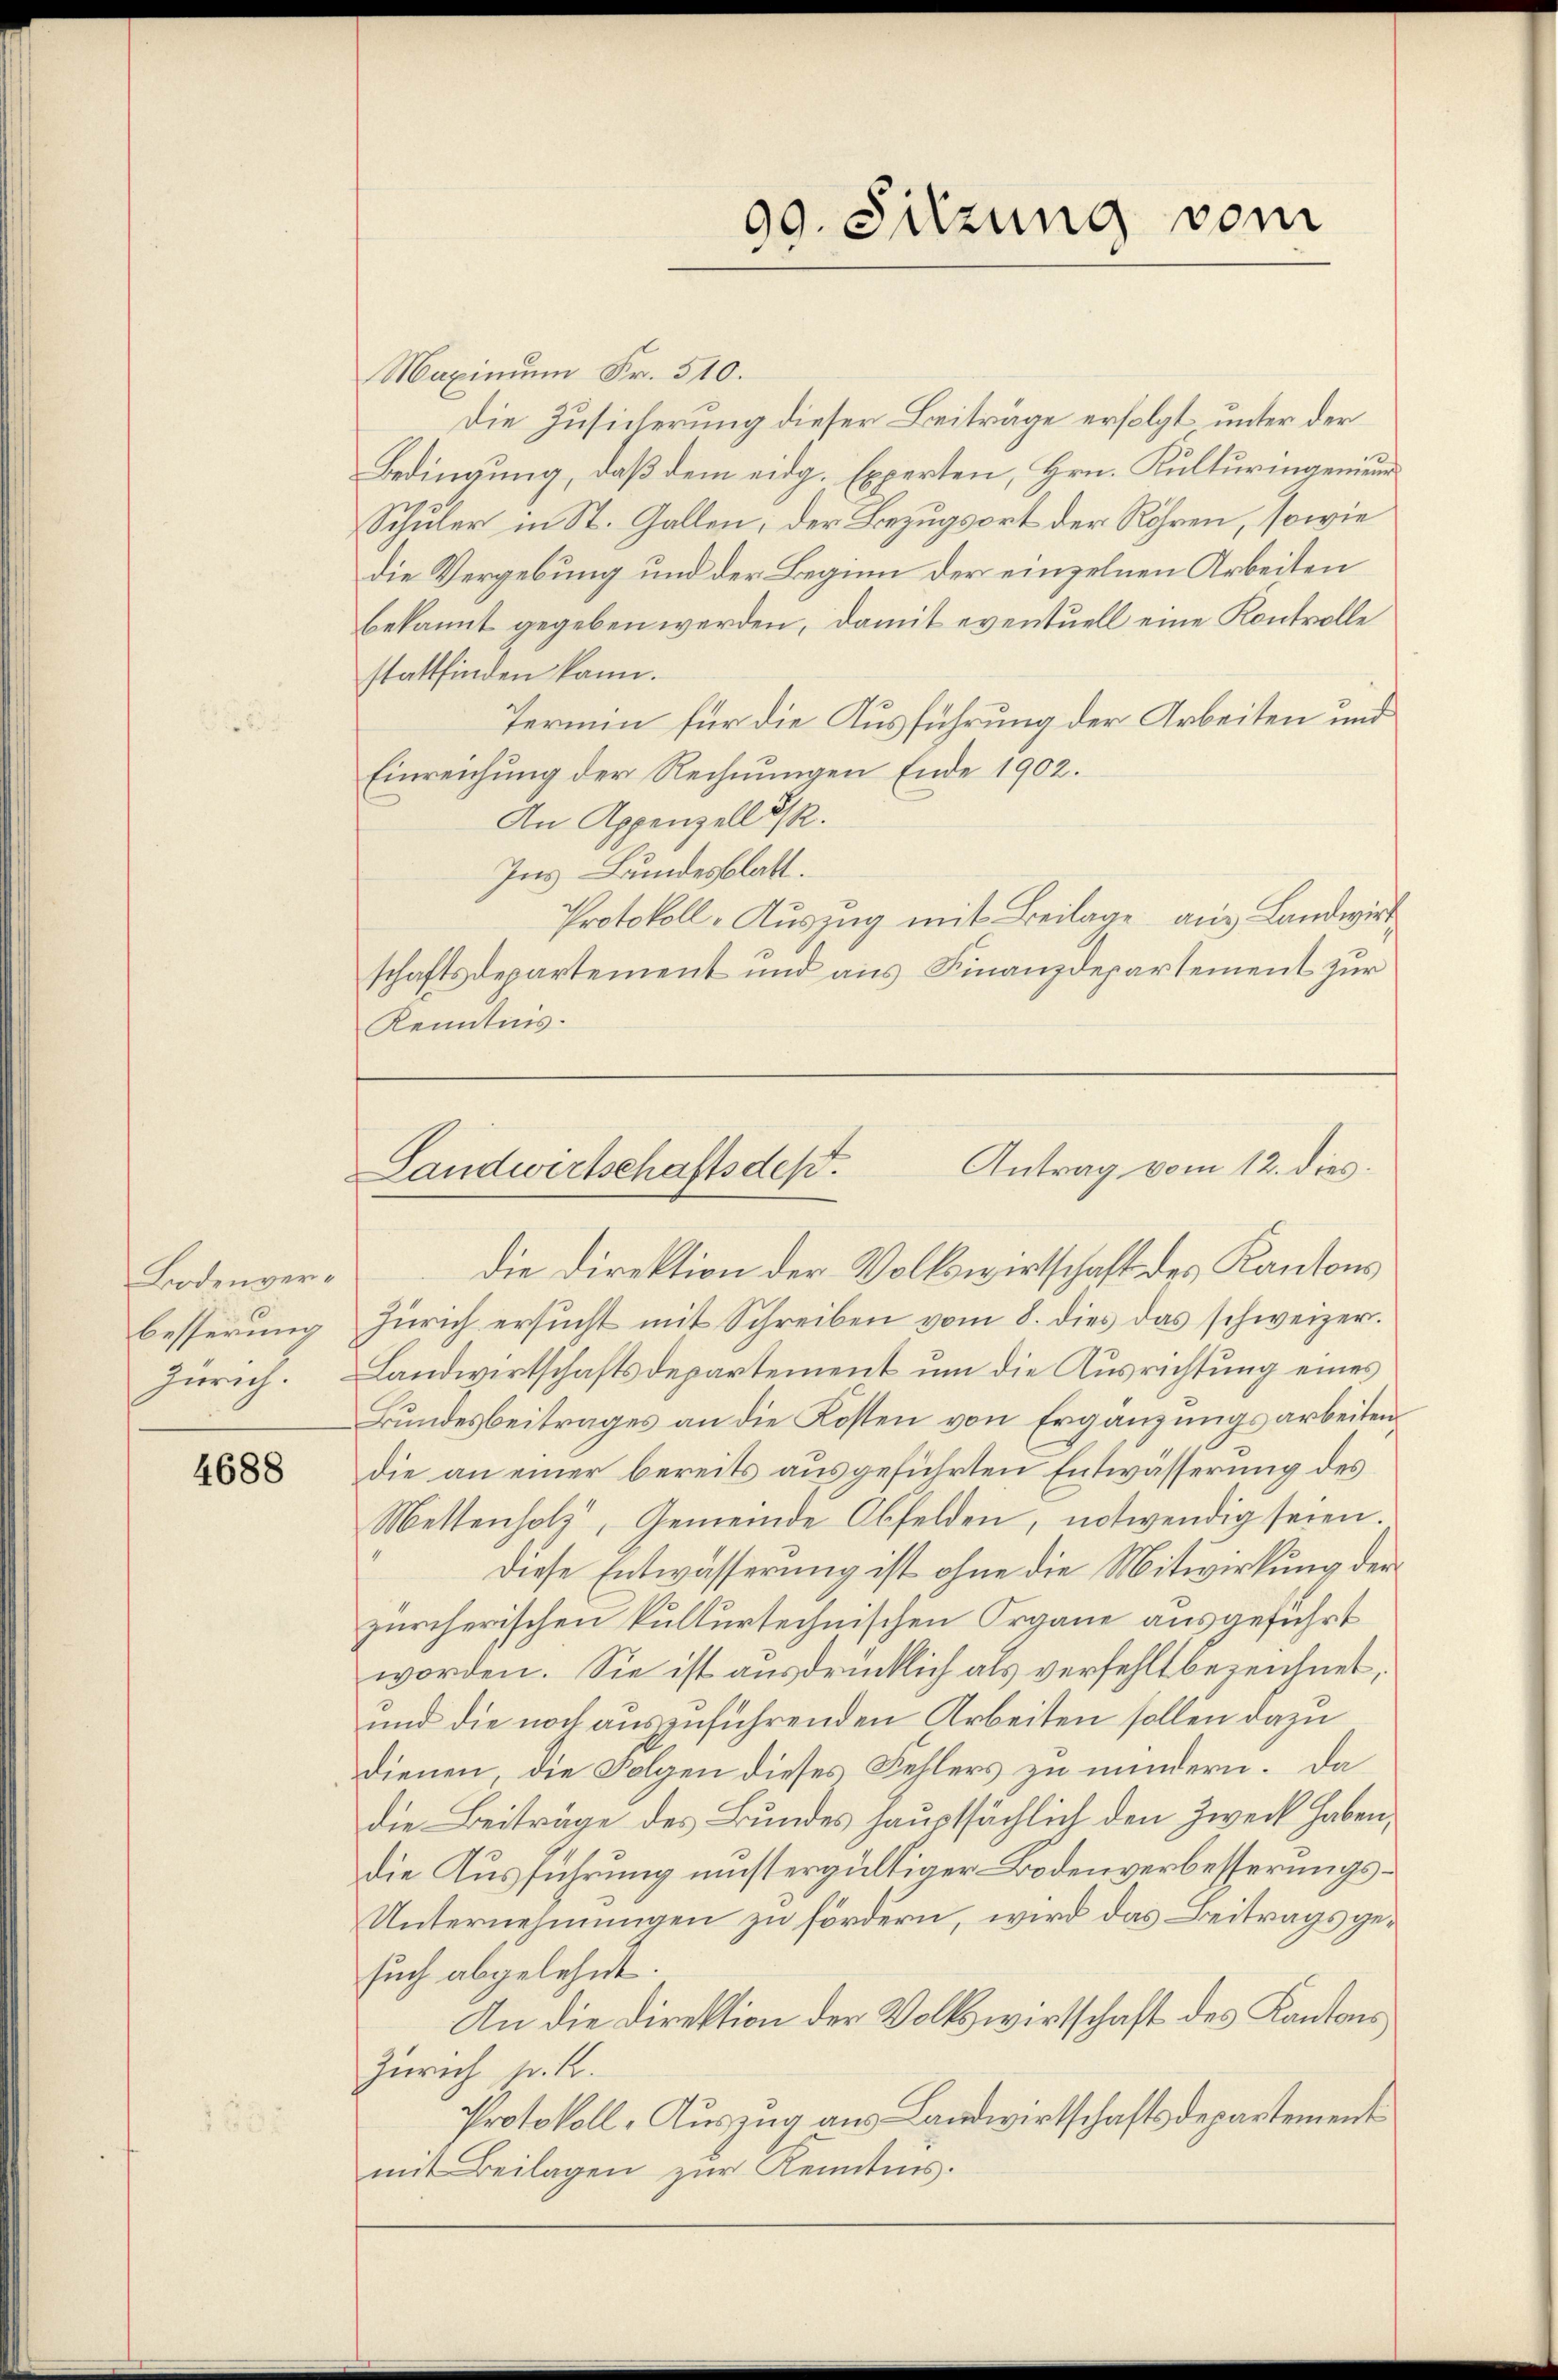
Bodenverbesserung
Zürich.

4688

Maximum Fr. 510.
Die Zusicherung dieser Beiträge erfolgt unter der
Bedingung, daß dem eidg. Experten, Hrn. Kulturingenieur
Schüler in St. Gallen; der Bezugsort der Röhren, sowie
die Vergebung und der Beginn der einzelnen Arbeiten
bekannt gegeben werden, damit eventuell eine Kontrolle
stattfinden kann.
Termin für die Ausführung der Arbeiten und
Einreichung der Rechnungen Ende 1902.
An Appenzell I/R.
Ins Bundesblatt.
Protokoll-Auszug mit Beilage aus Landwirt
schaftsdepartement und aus Finanzdepartement zur
Kenntnis.

90. Sitzung vom
d

die Direktion der Volkswirtschaft des Kantons
Zürich ersucht mit Schreiben vom 8. dies das schweizer.
Landwirtschaftsdepartement um die Ausrichtung eines
Bundesbeitrages an die Kosten von Ergänzungsarbeiten
die an einer bereits ausgeführten Entwässerung des
Mettenholz, Gemeinde Obfelden, notwendig seien.
diese Entwässerŭng ist ohne die Mitwirkung der
zürcherischen kulturtechnischen Organe ausgeführt
worden. Sie ist ausdrücklich als verfehlt bezeichnet,
und die noch auszuführenden Arbeiten sollen dazu
dienen, die Folgen dieses Fehlers zu mindern. Da
die Beiträge des Bundes hauptsächlich den Zweck haben,
die Ausführung müstergültiger Bodenverbesserungs¬
Unternehmungen zu fördern, wird das Beitrags gesuch abgelehnt.
An die Direktion der Volkswirtschaft des Kantons
Zürich pr. K.
Protokoll-Auszug aus Landwirtschaftsdepartement
mit Beilagen zur Kenntnis.

Antrag vom 12. dies
Landwirtschaftsdest.